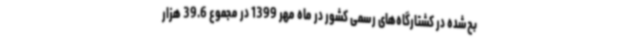
بح‌شده در کشتارگاه‌های رسمی کشور در ماه مهر 1399 در مجموع 39.6 هزار